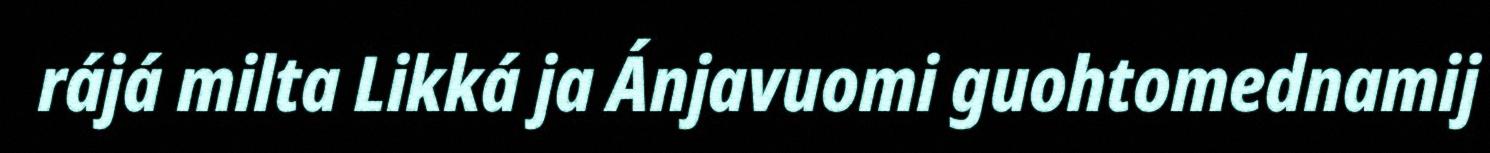
rájá milta Likká ja Ánjavuomi guohtomednamij